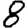
Digit: 8